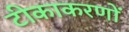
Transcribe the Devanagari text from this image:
टीकाकरणों